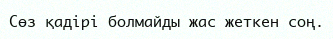
Сөз қадірі болмайды жас жеткен соң.